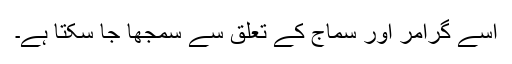
اسے گرامر اور سماج کے تعلق سے سمجھا جا سکتا ہے۔